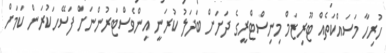
ހުރިހާ މަސައްކަތެއް ޓޫރިޒަމް މިނިސްޓްރީގެ ދަށަށް ބަދަލު ކުރަނީ އިންވެސްޓަރުންނަށް ފަސޭހަކުރަން ކަމަށް